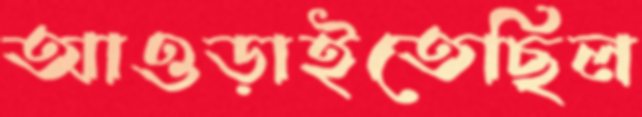
আওড়াইতেছিল